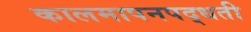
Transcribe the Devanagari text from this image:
कालमापनपद्धती